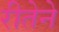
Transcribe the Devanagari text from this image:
रीतेने